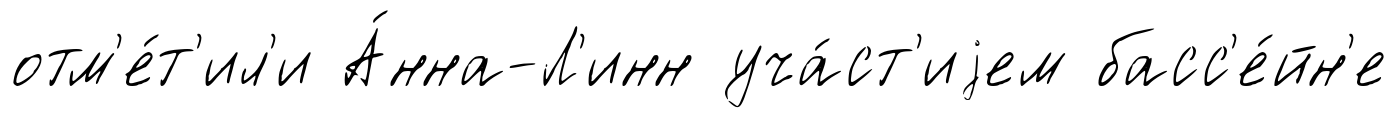
отм'е́т'ил'и А́нна-Л'инн уча́ст'иjем басс'е́йн'е